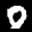
Label: 0